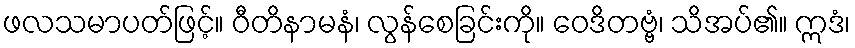
ဖလသမာပတ်ဖြင့်။ ဝီတိနာမနံ၊ လွန်စေခြင်းကို။ ဝေဒိတဗ္ဗံ၊ သိအပ်၏။ ဣဒံ၊